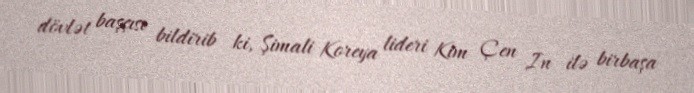
dövlət başçısı bildirib ki, Şimali Koreya lideri Kim Çen In ilə birbaşa